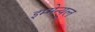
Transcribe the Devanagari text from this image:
इम्मेन्यूल